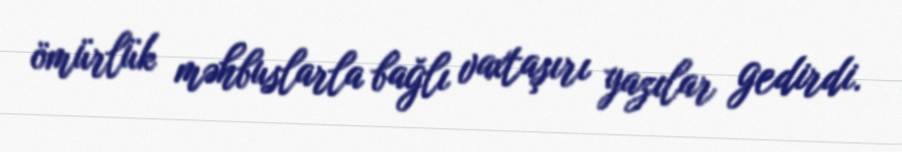
ömürlük məhbuslarla bağlı vaxtaşırı yazılar gedirdi.